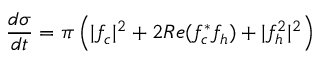
{ \frac { d \sigma } { d t } } = \pi \left( | f _ { c } | ^ { 2 } + 2 R e ( f _ { c } ^ { * } f _ { h } ) + | f _ { h } ^ { 2 } | ^ { 2 } \right)